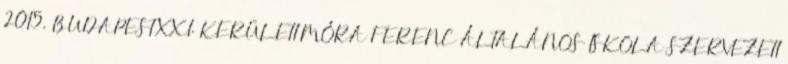
2015. BUDAPEST XXI. KERÜLETI MÓRA FERENC ÁLTALÁNOS ISKOLA SZERVEZETI